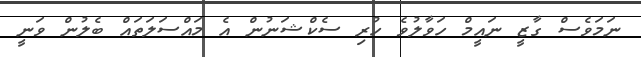
ނަމަވެސް ގާޒީ ނައީމް ހަވާލުވެ ހުރި ސެކްޝަނުން އެ މައްސަލަތައް ބެލުން ވަނީ